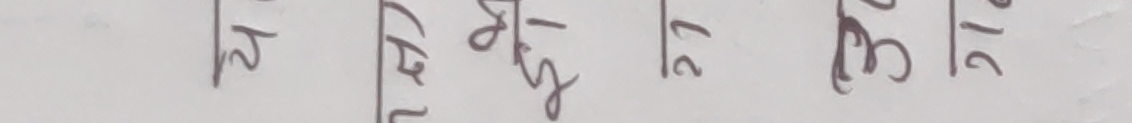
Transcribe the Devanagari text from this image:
२५ २६ २७ ३० ३१